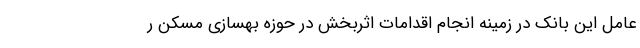
عامل این بانک در زمینه انجام اقدامات اثربخش در حوزه بهسازی مسکن ر